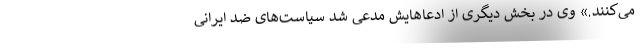
می‌کنند.» وی در بخش دیگری از ادعاهایش مدعی شد سیاست‌های ضد ایرانی